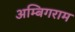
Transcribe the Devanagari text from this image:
अम्बिगराम